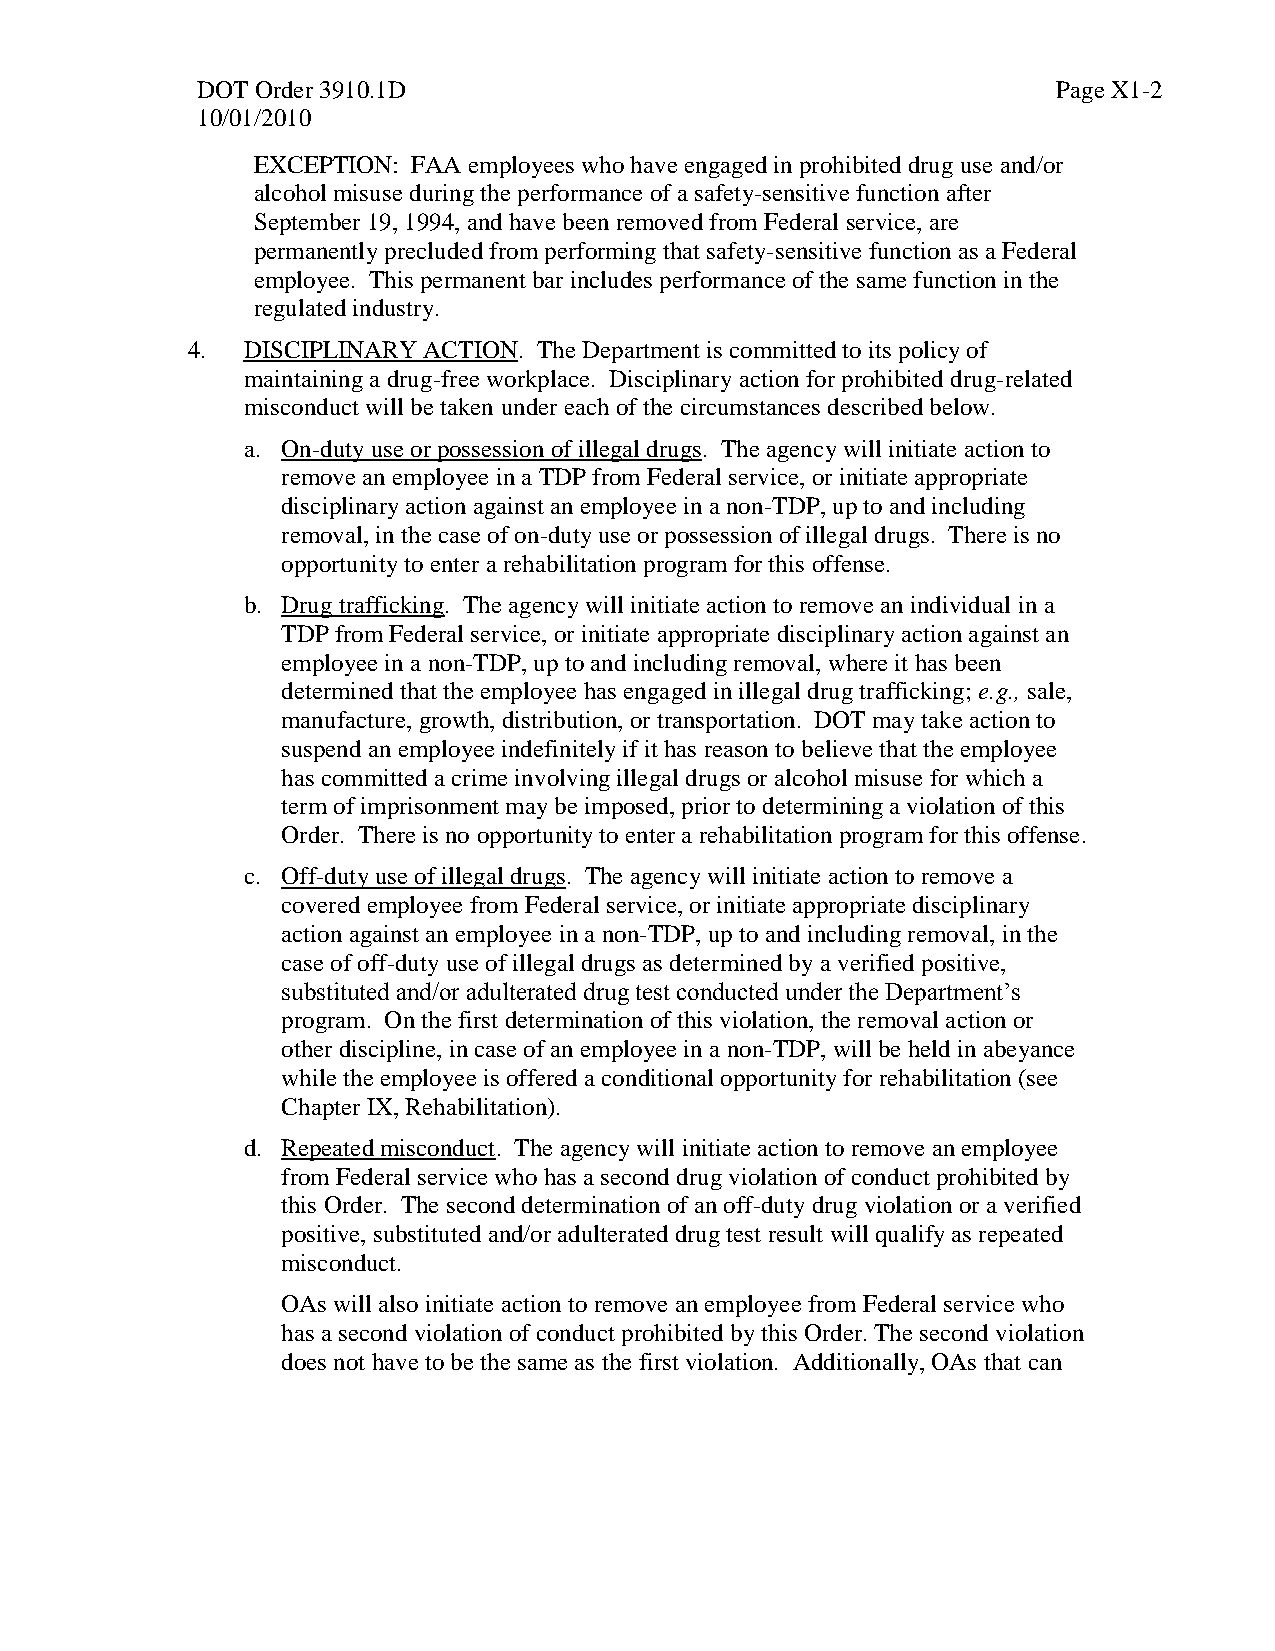
DOT Order 3910.1D                                        Page X1-2
 10/01/2010
 EXCEPTION: FAA employees who have engaged in prohibited drug use and/or
 alcohol misuse during the performance of a safety-sensitive function after
 September 19, 1994, and have been removed from Federal service, are
 permanently precluded from performing that safety-sensitive function as a Federal
 employee. This permanent bar includes performance of the same function in the
 regulated industry.
 4.  DISCIPLINARY ACTION. The Department is committed to its policy of
 maintaining a drug-free workplace. Disciplinary action for prohibited drug-related
 misconduct will be taken under each of the circumstances described below.
 a. On-duty use or possession of illegal drugs. The agency will initiate action to
 remove an employee in a TDP from Federal service, or initiate appropriate
 disciplinary action against an employee in a non-TDP, up to and including
 removal, in the case of on-duty use or possession of illegal drugs. There is no
 opportunity to enter a rehabilitation program for this offense.
 b. Drug trafficking. The agency will initiate action to remove an individual in a
 TDP from Federal service, or initiate appropriate disciplinary action against an
 employee in a non-TDP, up to and including removal, where it has been
 determined that the employee has engaged in illegal drug trafficking; e.g., sale,
 manufacture, growth, distribution, or transportation. DOT may take action to
 suspend an employee indefinitely if it has reason to believe that the employee
 has committed a crime involving illegal drugs or alcohol misuse for which a
 term of imprisonment may be imposed, prior to determining a violation of this
 Order. There is no opportunity to enter a rehabilitation program for this offense.
 c. Off-duty use of illegal drugs. The agency will initiate action to remove a
 covered employee from Federal service, or initiate appropriate disciplinary
 action against an employee in a non-TDP, up to and including removal, in the
 case of off-duty use of illegal drugs as determined by a verified positive,
 substituted and/or adulterated drug test conducted under the Department’s
 program. On the first determination of this violation, the removal action or
 other discipline, in case of an employee in a non-TDP, will be held in abeyance
 while the employee is offered a conditional opportunity for rehabilitation (see
 Chapter IX, Rehabilitation).
 d. Repeated misconduct. The agency will initiate action to remove an employee
 from Federal service who has a second drug violation of conduct prohibited by
 this Order. The second determination of an off-duty drug violation or a verified
 positive, substituted and/or adulterated drug test result will qualify as repeated
 misconduct.
 OAs will also initiate action to remove an employee from Federal service who
 has a second violation of conduct prohibited by this Order. The second violation
 does not have to be the same as the first violation. Additionally, OAs that can